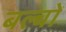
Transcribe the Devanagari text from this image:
बल्‍बों